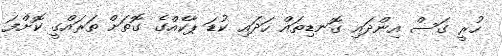
ހުރީ ގަސް އިންދައި ގޮނޑިތައް ހަދައި ކުޑަ ޕާކެއްގެ ގޮތަށް ތަަރައްގީ ކޮށްްފަ